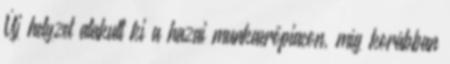
Új helyzet alakult ki a hazai munkaerőpiacon, míg korábban